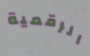
الرقمية